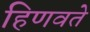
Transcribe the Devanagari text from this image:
हिणवते